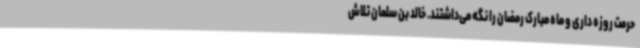
حرمت روزه داری و ماه مبارک رمضان را نگه می‌داشتند. خالد بن سلمان تلاش